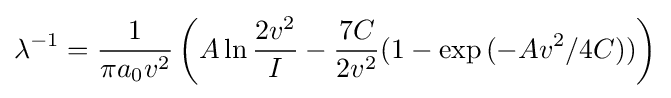
\lambda ^{-1}={\frac {1}{\pi a_{0}v^{2}}}\left(A\ln {\frac {2v^{2}}{I}}-{\frac {7C}{2v^{2}}}(1-\exp {(-Av^{2}/4C)})\right)